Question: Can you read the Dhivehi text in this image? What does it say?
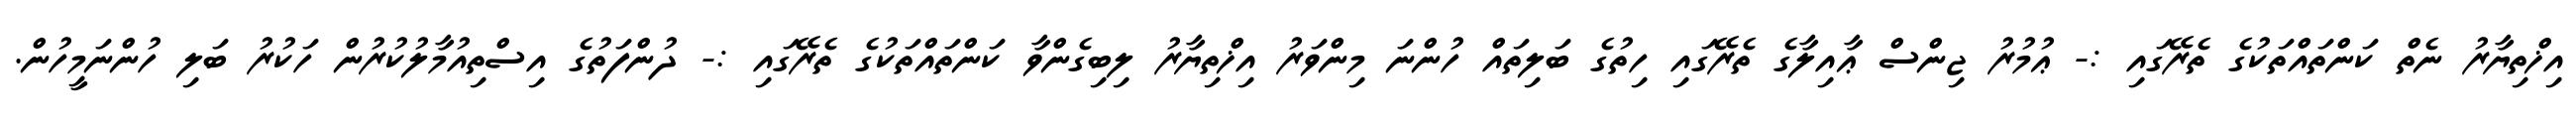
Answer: އިޚްތިޔާރު ނެތް ކަންތައްތަކުގެ ތެރޭގައި :- ޢުމުރު ޖިންސް ޢާއިލާގެ ތެރޭގައި ހިތުގެ ބަލިތައް ހުންނަ މިންވަރު އިޚްތިޔާރު ލިބިގެންވާ ކަންތައްތަކުގެ ތެރޭގައި :- ދުންފަތުގެ އިސްތިއުމާލުކުރުން ހަކުރު ބަލި ހުންނަމީހުން.